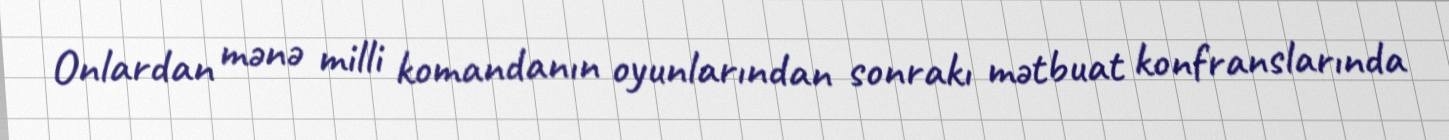
Onlardan mənə milli komandanın oyunlarından sonrakı mətbuat konfranslarında